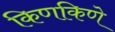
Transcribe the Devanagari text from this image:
किणकिणे